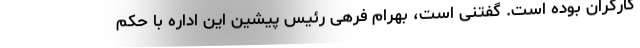
کارگران بوده است. گفتنی است، بهرام فرهی رئیس پیشین این اداره با حکم